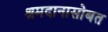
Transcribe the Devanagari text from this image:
श्रमदानासोबत